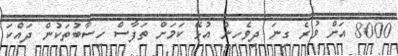
8000 އަށް ވުރެ ގިނަ ދިވެހިން އުޅޭ ކަމަށް ތަފާސް ހިސާބުތަކުން ދައްކަ